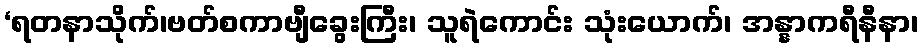
‘ရတနာသိုက်၊ဗတ်စကာဗျီခွေးကြီး၊ သူရဲကောင်း သုံးယောက်၊ အန္နာကရီနီနာ၊